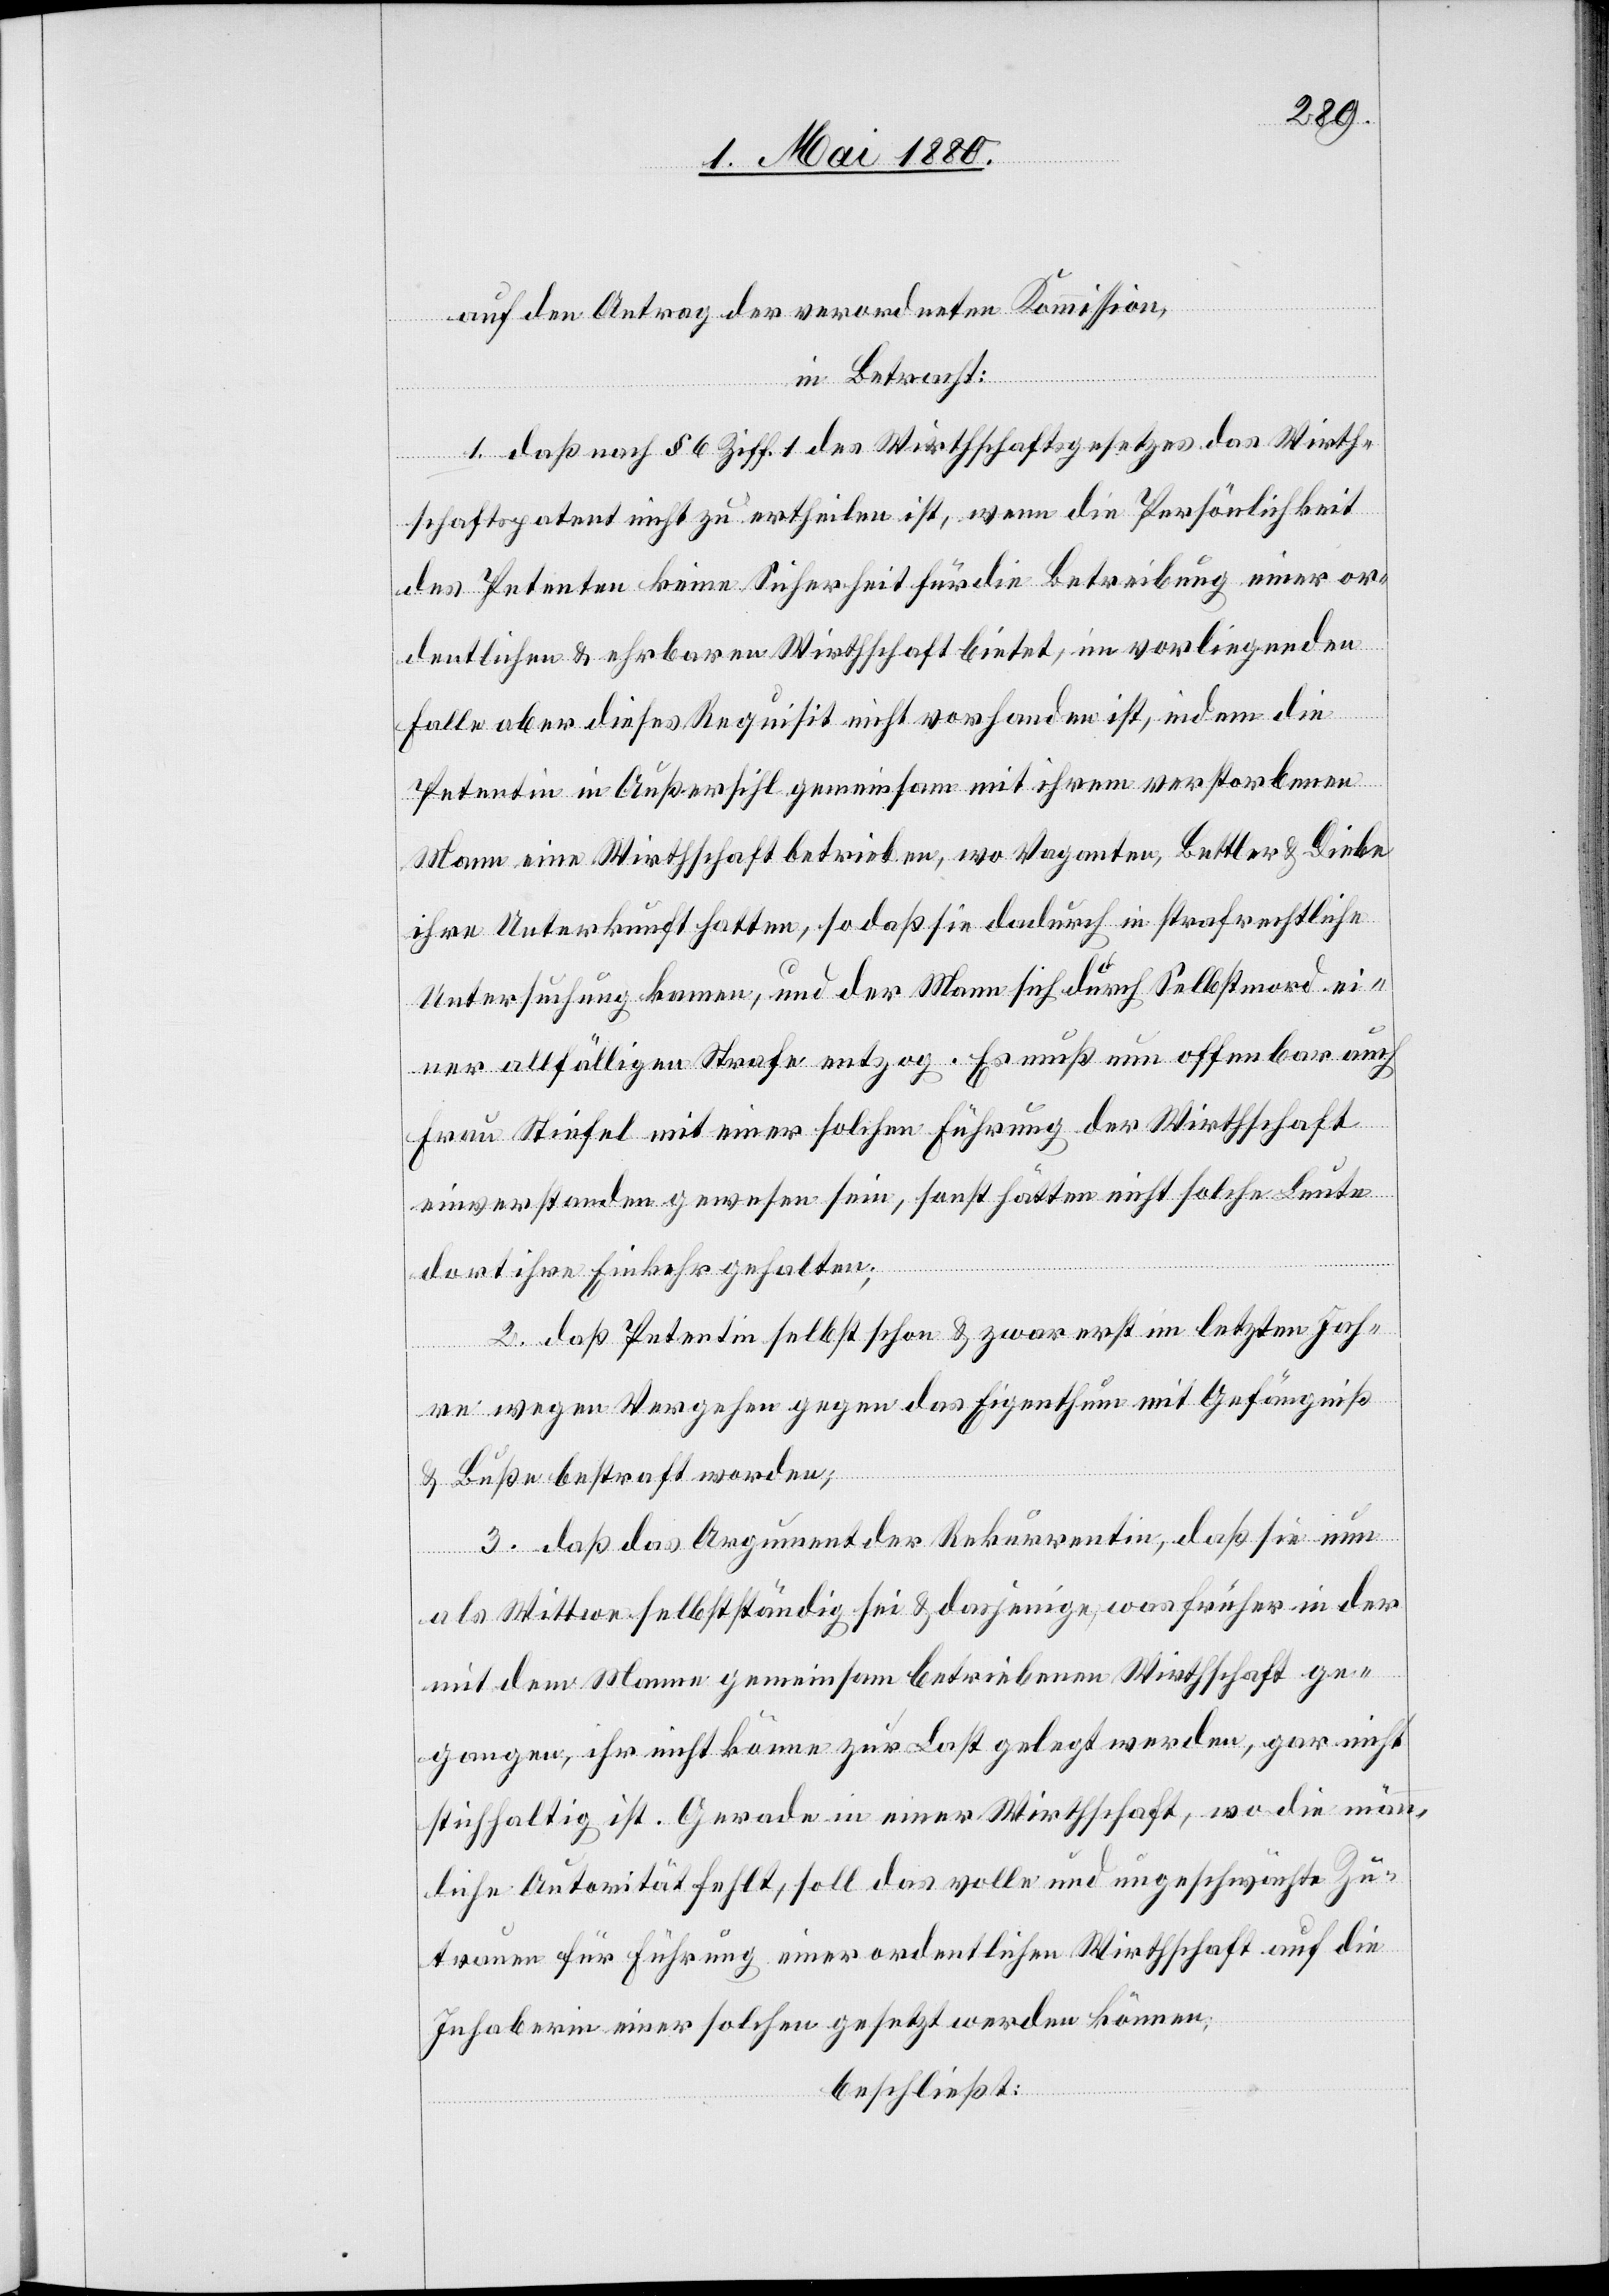
auf den Antrag der verordneten Kommission,
in Betracht:
1. daß nach § 6 Ziff. 1 des Wirthschaftsgesetzes das Wirth¬
schaftspatent nicht zu ertheilen ist, wenn die Persönlichkeit
des Petenten keine Sicherheit für die Betreibung einer or¬
dentlichen & ehrbaren Wirthschaft bietet, im vorliegenden
Falle aber dieses Requisit nicht vorhanden ist, indem die
Petentin in Außersihl gemeinsam mit ihrem verstorbenen
Mann eine Wirthschaft betrieben, wo Vaganten, Bettler & Diebe
ihre Unterkunft hatten, so daß sie dadurch in strafrechtliche
Untersuchung kamen, und der Mann sich durch Selbstmord ei¬
ner allfälligen Strafe entzog. Es muß nun offenbar auch
Frau Stiefel mit einer solchen Führung der Wirthschaft
einverstanden gewesen sein, sonst hätten nicht solche Leute
dort ihre Einkehr gehalten;
2. daß Petentin selbst schon & zwar erst im letzten Jah¬
re wegen Vergehen gegen das Eigenthum mit Gefängniß
& Buße bestraft worden;
3. daß das Argument der Rekurrentin, daß sie nun
als Wittwe selbstständig sei & dasjenige, was früher in der
mit dem Manne gemeinsam betriebenen Wirthschaft ge¬
gangen, ihr nicht könne zur Last gelegt werden, gar nicht
stichhaltig ist. Gerade in einer Wirthschaft, wo die männ¬
liche Autorität fehlt, soll das volle und ungeschwächte Zu¬
trauen für Führung einer ordentlichen Wirthschaft auf die
Inhaberin einer solchen gesetzt werden können;
beschließt: